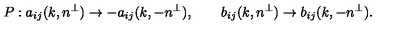
P : a _ { i j } ( k , n ^ { \perp } ) \rightarrow - a _ { i j } ( k , - n ^ { \perp } ) , \qquad b _ { i j } ( k , n ^ { \perp } ) \rightarrow b _ { i j } ( k , - n ^ { \perp } ) .